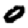
Digit: 0